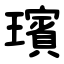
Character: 璸